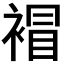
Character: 𧛕